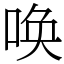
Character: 唤